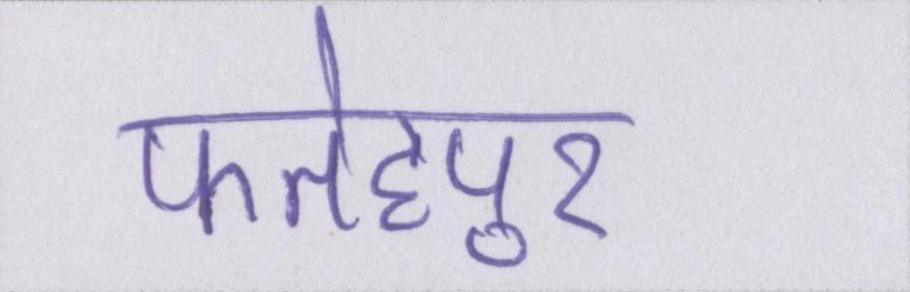
फतेहपुर